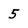
Character: 5